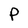
Character: P